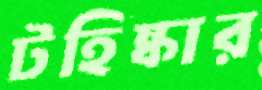
টহিষ্কার